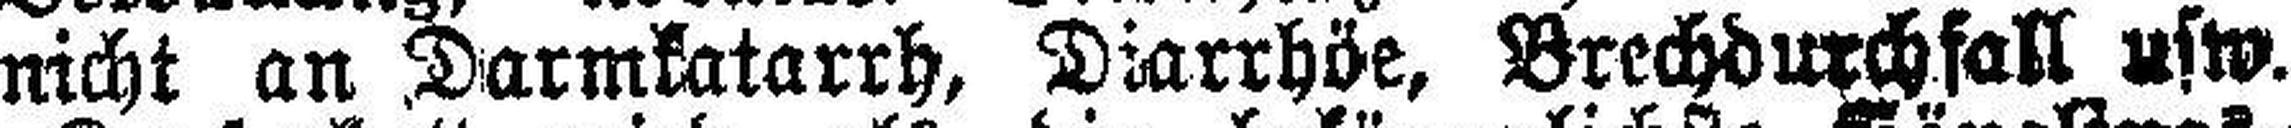
nicht an Darmkatarrh, Diarrhöe, Brechdurchfall usw.